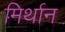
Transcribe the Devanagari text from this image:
मिर्थान